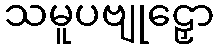
သမူပဗျုဠှော